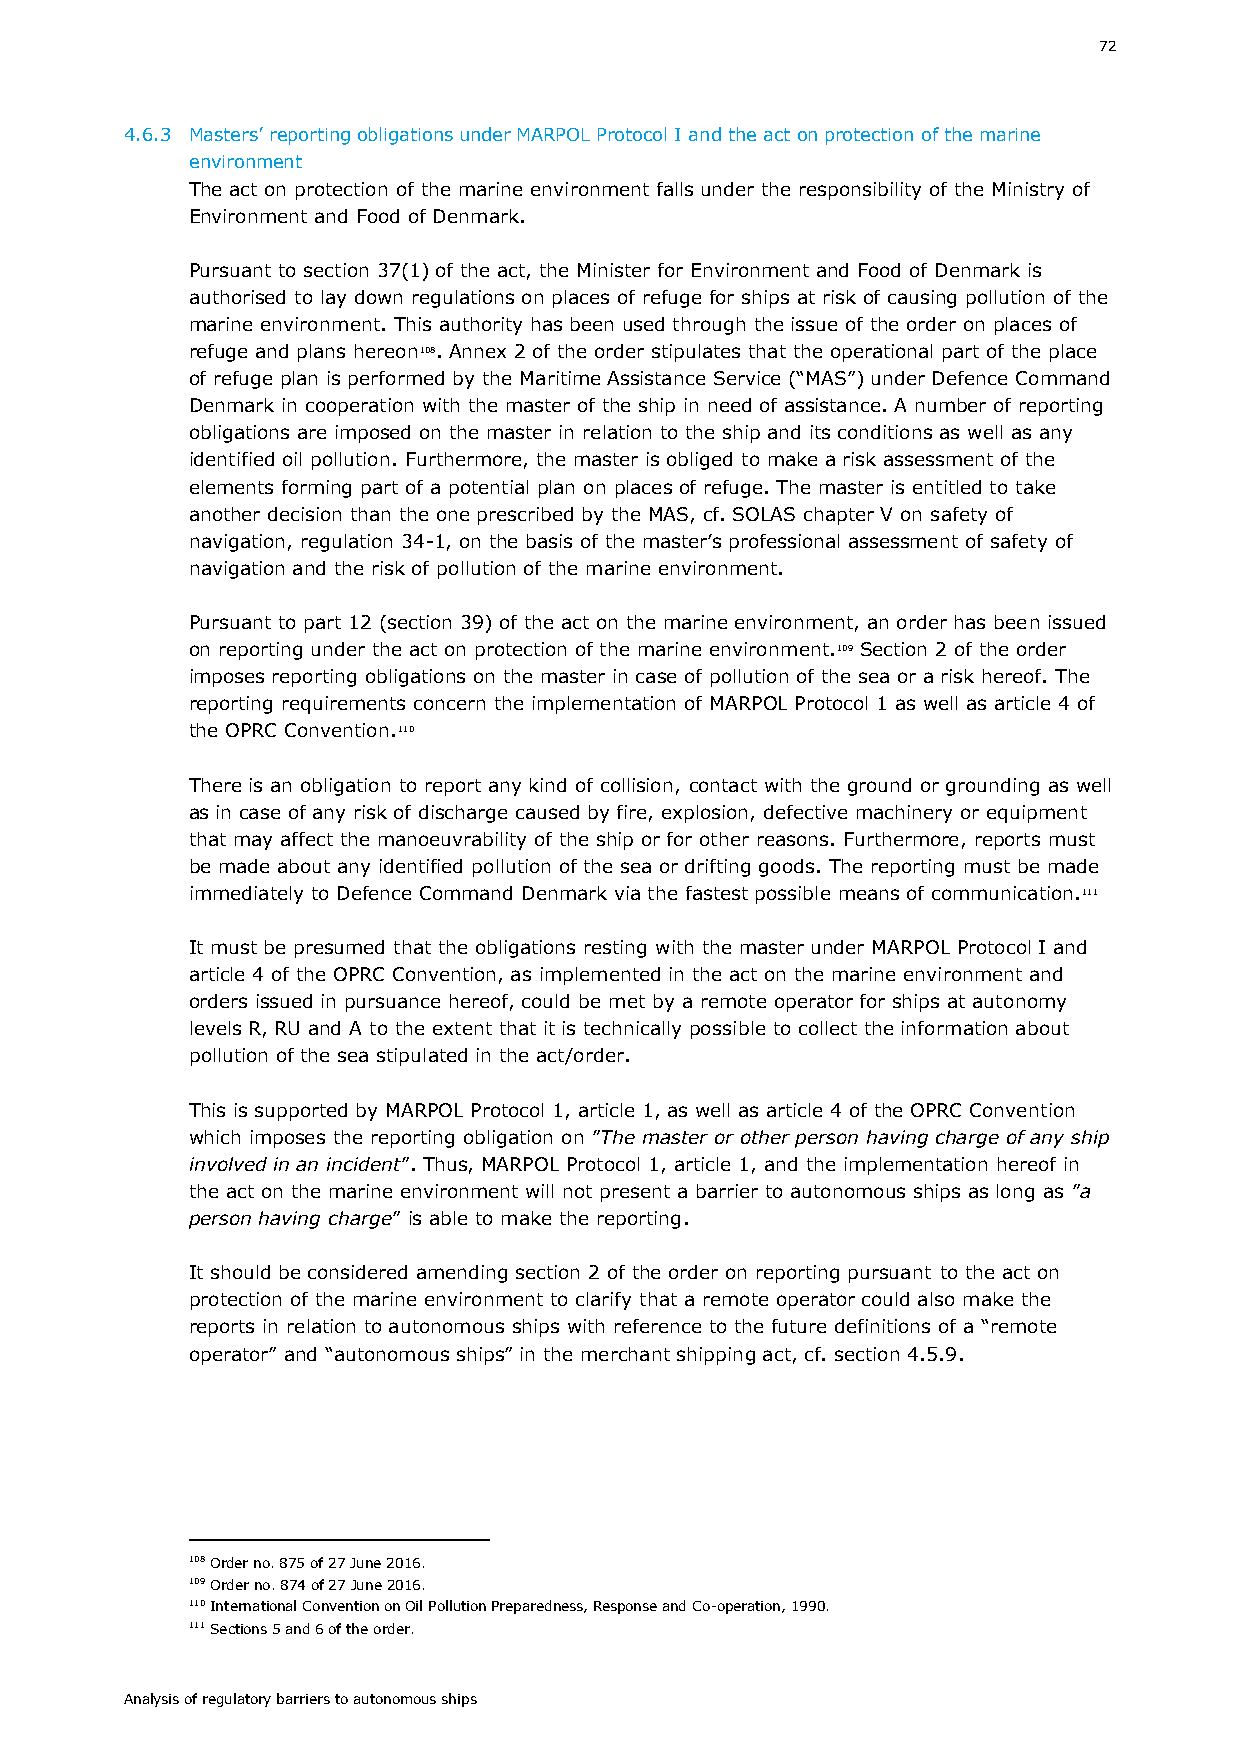
72
 4.6.3 Masters’ reporting obligations under MARPOL Protocol I and the act on protection of the marine
 environment
 The act on protection of the marine environment falls under the responsibility of the Ministry of
 Environment and Food of Denmark.
 Pursuant to section 37(1) of the act, the Minister for Environment and Food of Denmark is
 authorised to lay down regulations on places of refuge for ships at risk of causing pollution of the
 marine environment. This authority has been used through the issue of the order on places of
 refuge and plans hereon108. Annex 2 of the order stipulates that the operational part of the place
 of refuge plan is performed by the Maritime Assistance Service (“MAS”) under Defence Command
 Denmark in cooperation with the master of the ship in need of assistance. A number of reporting
 obligations are imposed on the master in relation to the ship and its conditions as well as any
 identified oil pollution. Furthermore, the master is obliged to make a risk assessment of the
 elements forming part of a potential plan on places of refuge. The master is entitled to take
 another decision than the one prescribed by the MAS, cf. SOLAS chapter V on safety of
 navigation, regulation 34-1, on the basis of the master’s professional assessment of safety of
 navigation and the risk of pollution of the marine environment.
 Pursuant to part 12 (section 39) of the act on the marine environment, an order has been issued
 on reporting under the act on protection of the marine environment.109 Section 2 of the order
 imposes reporting obligations on the master in case of pollution of the sea or a risk hereof. The
 reporting requirements concern the implementation of MARPOL Protocol 1 as well as article 4 of
 the OPRC Convention.110
 There is an obligation to report any kind of collision, contact with the ground or grounding as well
 as in case of any risk of discharge caused by fire, explosion, defective machinery or equipment
 that may affect the manoeuvrability of the ship or for other reasons. Furthermore, reports must
 be made about any identified pollution of the sea or drifting goods. The reporting must be made
 immediately to Defence Command Denmark via the fastest possible means of communication.111
 It must be presumed that the obligations resting with the master under MARPOL Protocol I and
 article 4 of the OPRC Convention, as implemented in the act on the marine environment and
 orders issued in pursuance hereof, could be met by a remote operator for ships at autonomy
 levels R, RU and A to the extent that it is technically possible to collect the information about
 pollution of the sea stipulated in the act/order.
 This is supported by MARPOL Protocol 1, article 1, as well as article 4 of the OPRC Convention
 which imposes the reporting obligation on ”The master or other person having charge of any ship
 involved in an incident”. Thus, MARPOL Protocol 1, article 1, and the implementation hereof in
 the act on the marine environment will not present a barrier to autonomous ships as long as ”a
 person having charge” is able to make the reporting.
 It should be considered amending section 2 of the order on reporting pursuant to the act on
 protection of the marine environment to clarify that a remote operator could also make the
 reports in relation to autonomous ships with reference to the future definitions of a “remote
 operator” and “autonomous ships” in the merchant shipping act, cf. section 4.5.9.
 108 Order no. 875 of 27 June 2016.
 109 Order no. 874 of 27 June 2016.
 110 International Convention on Oil Pollution Preparedness, Response and Co-operation, 1990.
 111 Sections 5 and 6 of the order.
 Analysis of regulatory barriers to autonomous ships